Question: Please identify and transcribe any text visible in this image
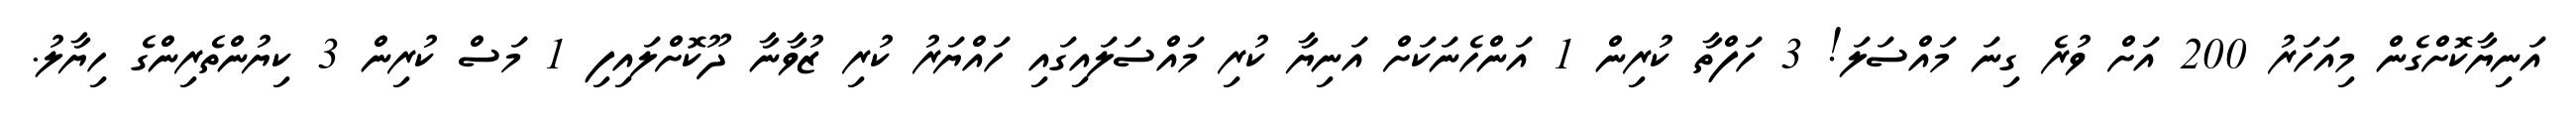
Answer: އަނިޔާކޮށްގެން މިއަހަރު 200 އަށް ވުރެ ގިނަ މައްސަލަ! 3 ހަފްތާ ކުރިން 1 އަންހެނަކަށް އަނިޔާ ކުރި މައްސަލައިގައި ހައްޔަރު ކުރި ޒުވާނާ ދޫކޮށްލައިފި 1 މަސް ކުރިން 3 ކިޔުންތެރިންގެ ހިޔާލު.